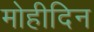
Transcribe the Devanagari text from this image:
मोहीदिन